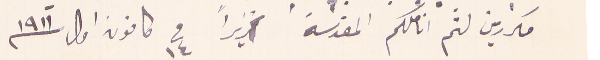
مكررين لثم اناملكم المقدسة تحريراً في ١٤ كانون اول ١٩١١